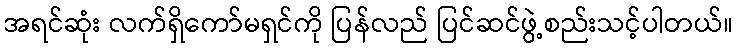
အရင်ဆုံး လက်ရှိကော်မရှင်ကို ပြန်လည် ပြင်ဆင်ဖွဲ့စည်းသင့်ပါတယ်။